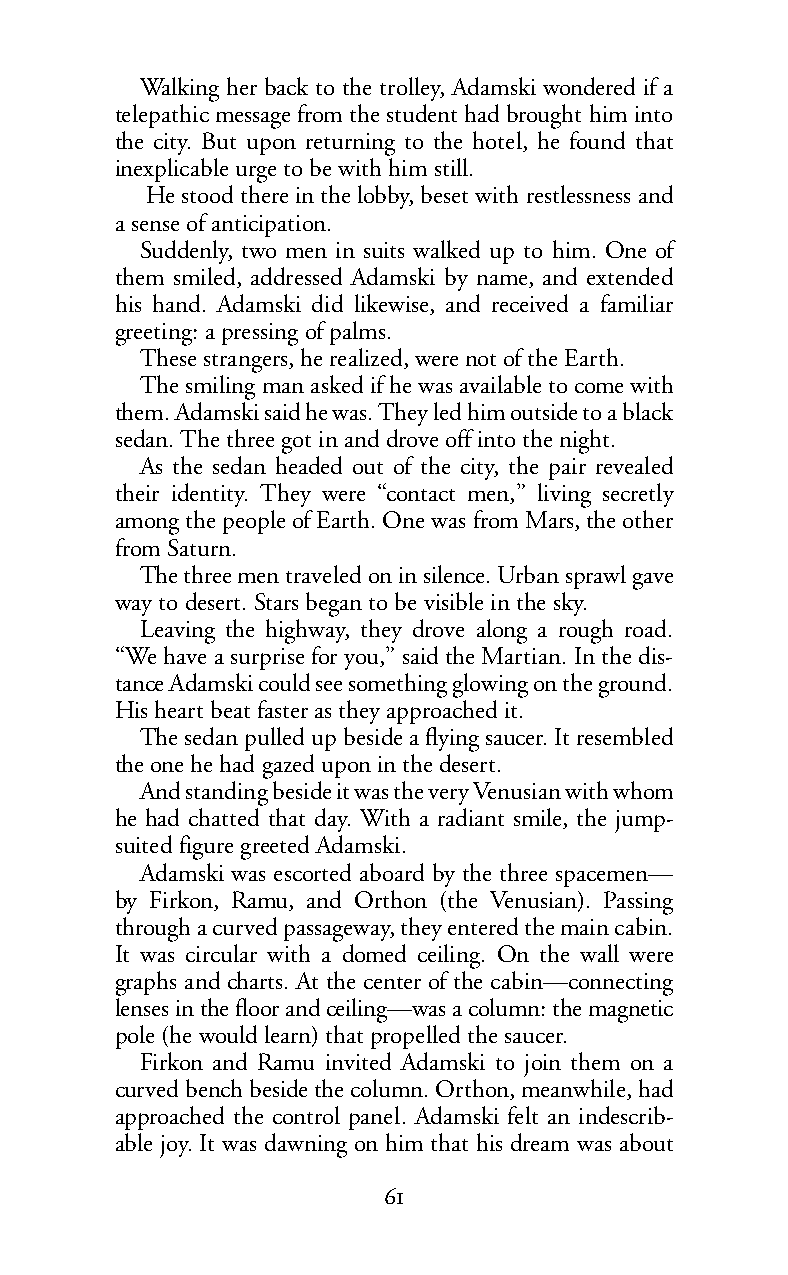
Walking her back to the trolley, Adamski wondered if a
 telepathic message from the student had brought him into
 the city. But upon returning to the hotel, he found that
 inexplicable urge to be with him still.
 He stood there in the lobby, beset with restlessness and
 asense of anticipation.
 Suddenly, two men in suits walked up to him. One of
 them smiled, addressed Adamski by name, and extended
 his hand. Adamski did likewise, and received a familiar
 greeting: a pressing of palms.
 These strangers, he realized, were not of the Earth.
 The smiling man asked if he was available to come with
 them. Adamski said he was. They led him outside to a black
 sedan. The three got in and drove off into the night.
 As the sedan headed out of the city, the pair revealed
 their identity. They were “contact men,” living secretly
 among the people of Earth. One was from Mars, the other
 from Saturn.
 The three men traveled on in silence. Urban sprawl gave
 way to desert. Stars began to be visible in thesky.
 Leaving the highway, they drove along a rough road.
 “We have a surprise for you,” said the Martian. In the dis-
 tance Adamski could see something glowing on the ground.
 His heart beat faster as they approached it.
 The sedan pulled up beside a flying saucer. It resembled
 the one he had gazed upon in the desert.
 Andstanding beside it was the very Venusian with whom
 he had chatted that day. With a radiant smile, the jump-
 suitedfiguregreeted Adamski.
 Adamski was escorted aboard by the three spacemen—
 by Firkon, Ramu, and Orthon (the Venusian). Passing
 through a curved passageway, they entered the main cabin.
 It was circular with a domed ceiling. On the wall were
 graphs and charts. At the center of the cabin—connecting
 lensesin the floor and ceiling—was a column: the magnetic
 pole (he would learn) that propelled the saucer.
 Firkon and Ramu invited Adamski to join them on a
 curved bench beside the column. Orthon, meanwhile, had
 approached the control panel. Adamski felt an indescrib-
 able joy. It was dawning on him that his dream was about
 